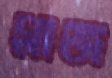
প্লাজ